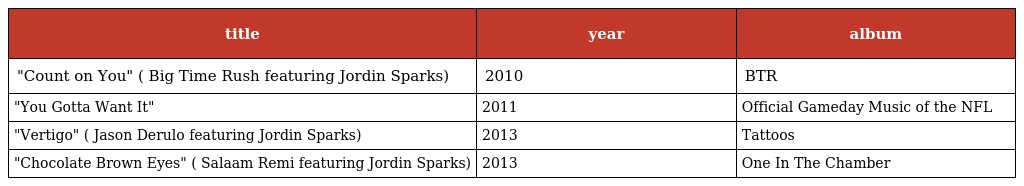
| title | year | album |
 | --- | --- | --- |
 | "Count on You" ( Big Time Rush featuring Jordin Sparks) | 2010 | BTR |
 | "You Gotta Want It" | 2011 | Official Gameday Music of the NFL |
 | "Vertigo" ( Jason Derulo featuring Jordin Sparks) | 2013 | Tattoos |
 | "Chocolate Brown Eyes" ( Salaam Remi featuring Jordin Sparks) | 2013 | One In The Chamber |